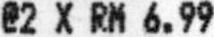
@2 X RM 6.99